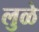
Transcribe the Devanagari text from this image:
लुळे